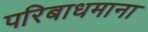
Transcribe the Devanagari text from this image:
परिबाधमाना